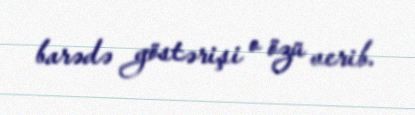
barədə göstərişi o özü verib.